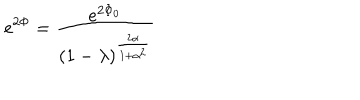
e ^ { 2 \Phi } = { \frac { e ^ { 2 \Phi _ { 0 } } } { ( 1 - \lambda ) ^ { \frac { 2 \alpha } { 1 + \alpha ^ { 2 } } } } }